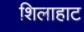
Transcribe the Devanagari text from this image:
शिलाहाट